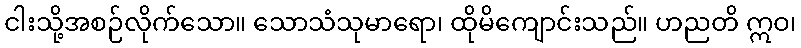
ငါးသို့အစဉ်လိုက်သော။ သောသံသုမာရော၊ ထိုမိကျောင်းသည်။ ဟညတိ ဣဝ၊